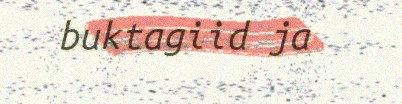
buktagiid ja